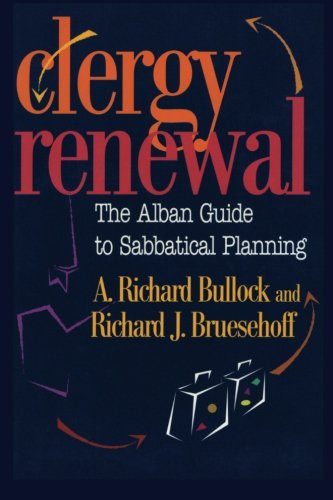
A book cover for Clergy Renewal: The Alban Guide to Sabbatical Planning; Richard Bullock; Christian Books & Bibles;